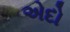
એદો